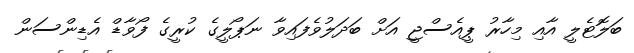
ބަލޮޓެލީ އާއި މިހާރު ޕީއެސްޖީ އަށް ބަދަލުވެފައިވާ ނަޕޯލީގެ ކުރީގެ ފޯވާޑް އެޑިންސަން